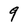
Character: 9